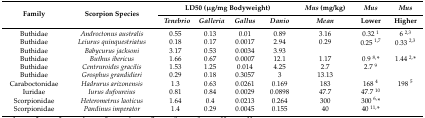
<table><thead><tr><td rowspan="2"><b>Family</b></td><td rowspan="2"><b>Scorpion Species</b></td><td colspan="4"><b>LD50 (μg/mg Bodyweight)</b></td><td><b><i>Mus</i> (mg/kg)</b></td><td><b><i>Mus</i></b></td><td><b><i>Mus</i></b></td></tr><tr><td><b><i>Tenebrio</i></b></td><td><b><i>Galleria</i></b></td><td><b><i>Gallus</i></b></td><td><b><i>Danio</i></b></td><td><b><i>Mean</i></b></td><td><b>Lower</b></td><td><b>Higher</b></td></tr></thead><tbody><tr><td>Buthidae</td><td><i>Androctonus australis</i></td><td>0.55</td><td>0.13</td><td>0.01</td><td>0.89</td><td>3.16</td><td>0.32 <sup>1</sup></td><td>6 <sup>2,3</sup></td></tr><tr><td>Buthidae</td><td><i>Leiurus quinquestriatus</i></td><td>0.18</td><td>0.17</td><td>0.0017</td><td>2.94</td><td>0.29</td><td>0.25 <sup>1,7</sup></td><td>0.33 <sup>2,3</sup></td></tr><tr><td>Buthidae</td><td><i>Babycurus jacksoni</i></td><td>3.17</td><td>0.53</td><td>0.0034</td><td>3.93</td><td></td><td></td><td></td></tr><tr><td>Buthidae</td><td><i>Buthus ibericus</i></td><td>1.66</td><td>0.67</td><td>0.0007</td><td>12.1</td><td>1.17</td><td>0.9 <sup>8,</sup>*</td><td>1.44 <sup>2,</sup>*</td></tr><tr><td>Buthidae</td><td><i>Centruroides gracilis</i></td><td>1.53</td><td>1.25</td><td>0.014</td><td>4.25</td><td>2.7</td><td>2.7 <sup>9</sup></td><td></td></tr><tr><td>Buthidae</td><td><i>Grosphus grandidieri</i></td><td>0.29</td><td>0.18</td><td>0.3057</td><td>3</td><td>13.13</td><td></td><td></td></tr><tr><td>Caraboctonidae</td><td><i>Hadrurus arizonensis</i></td><td>1.3</td><td>0.63</td><td>0.0261</td><td>0.169</td><td>183</td><td>168 <sup>4</sup></td><td>198 <sup>5</sup></td></tr><tr><td>Iuridae</td><td><i>Iurus dufoureius</i></td><td>0.81</td><td>0.84</td><td>0.0029</td><td>0.0898</td><td>47.7</td><td>47.7 <sup>10</sup></td><td></td></tr><tr><td>Scorpionidae</td><td><i>Heterometrus laoticus</i></td><td>1.64</td><td>0.4</td><td>0.0213</td><td>0.264</td><td>300</td><td>300 <sup>6,</sup>*</td><td></td></tr><tr><td>Scorpionidae</td><td><i>Pandinus imperator</i></td><td>1.4</td><td>0.29</td><td>0.0045</td><td>0.155</td><td>40</td><td>40 <sup>11,</sup>*</td><td></td></tr></tbody></table>